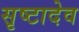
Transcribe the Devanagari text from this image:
सृष्टादेव